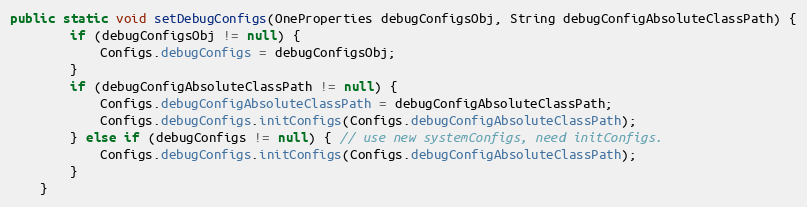
Language: Java
public static void setDebugConfigs(OneProperties debugConfigsObj, String debugConfigAbsoluteClassPath) {
        if (debugConfigsObj != null) {
            Configs.debugConfigs = debugConfigsObj;
        }
        if (debugConfigAbsoluteClassPath != null) {
            Configs.debugConfigAbsoluteClassPath = debugConfigAbsoluteClassPath;
            Configs.debugConfigs.initConfigs(Configs.debugConfigAbsoluteClassPath);
        } else if (debugConfigs != null) { // use new systemConfigs, need initConfigs.
            Configs.debugConfigs.initConfigs(Configs.debugConfigAbsoluteClassPath);
        }
    }